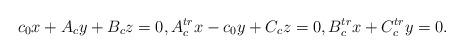
LaTeX: \begin{align*}c_0x+A_cy+B_cz=0,A_c^{tr}x-c_0y+C_cz=0,B_c^{tr}x+C_c^{tr}y=0.\end{align*}